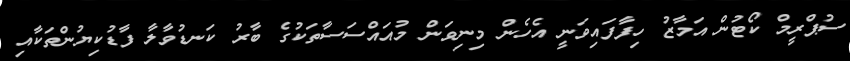
ސުޕްރީމް ކޯޓުން އަމާޒު ހިފާފައިވަނީ އެހެން މިނިވަން މުއައްސަސާތަކުގެ ބާރު ކަނޑުވާލާ ފާޑުކިޔުންތަކާއި